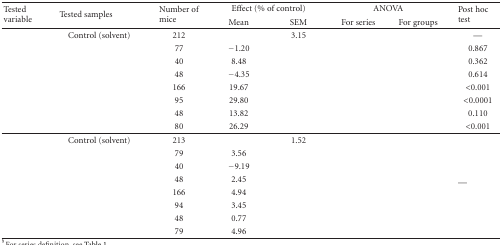
<table><thead><tr><td rowspan="2"><b>Tested variable</b></td><td rowspan="2"><b>Tested samples</b></td><td rowspan="2"><b>Number of mice</b></td><td colspan="2"><b>Effect (% of control)</b></td><td colspan="2"><b>ANOVA</b></td><td rowspan="2"><b>Post hoc test</b></td></tr><tr><td><b>Mean</b></td><td><b>SEM</b></td><td><b>For series</b></td><td><b>For groups</b></td></tr></thead><tbody><tr><td rowspan="8">[EMPTY_CELL]</td><td>Control (solvent)</td><td>212</td><td>[EMPTY_CELL]</td><td>3.15</td><td rowspan="8">[EMPTY_CELL]</td><td rowspan="8">[EMPTY_CELL]</td><td>—</td></tr><tr><td>[EMPTY_CELL]</td><td>77</td><td>−1.20</td><td>[EMPTY_CELL]</td><td>0.867</td></tr><tr><td>[EMPTY_CELL]</td><td>40</td><td>8.48</td><td>[EMPTY_CELL]</td><td>0.362</td></tr><tr><td>[EMPTY_CELL]</td><td>48</td><td>−4.35</td><td>[EMPTY_CELL]</td><td>0.614</td></tr><tr><td>[EMPTY_CELL]</td><td>166</td><td>19.67</td><td>[EMPTY_CELL]</td><td>&lt;0.001</td></tr><tr><td>[EMPTY_CELL]</td><td>95</td><td>29.80</td><td>[EMPTY_CELL]</td><td>&lt;0.0001</td></tr><tr><td>[EMPTY_CELL]</td><td>48</td><td>13.82</td><td>[EMPTY_CELL]</td><td>0.110</td></tr><tr><td>[EMPTY_CELL]</td><td>80</td><td>26.29</td><td>[EMPTY_CELL]</td><td>&lt;0.001</td></tr><tr><td rowspan="8">[EMPTY_CELL]</td><td>Control (solvent)</td><td>213</td><td>[EMPTY_CELL]</td><td>1.52</td><td rowspan="8">[EMPTY_CELL]</td><td rowspan="8">[EMPTY_CELL]</td><td rowspan="8">—</td></tr><tr><td>[EMPTY_CELL]</td><td>79</td><td>3.56</td><td>[EMPTY_CELL]</td></tr><tr><td>[EMPTY_CELL]</td><td>40</td><td>−9.19</td><td>[EMPTY_CELL]</td></tr><tr><td>[EMPTY_CELL]</td><td>48</td><td>2.45</td><td>[EMPTY_CELL]</td></tr><tr><td>[EMPTY_CELL]</td><td>166</td><td>4.94</td><td>[EMPTY_CELL]</td></tr><tr><td>[EMPTY_CELL]</td><td>94</td><td>3.45</td><td>[EMPTY_CELL]</td></tr><tr><td>[EMPTY_CELL]</td><td>48</td><td>0.77</td><td>[EMPTY_CELL]</td></tr><tr><td>[EMPTY_CELL]</td><td>79</td><td>4.96</td><td>[EMPTY_CELL]</td></tr></tbody></table>